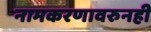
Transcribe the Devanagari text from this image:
नामकरणावरुनही